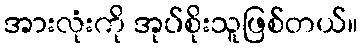
အားလုံးကို အုပ်စိုးသူဖြစ်တယ်။